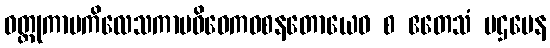
ဝတ္ထုကာမကိလေသကာမဝိဝေကဝစနတောယေဝ စ ဧတေသံ ပဌမေန